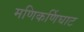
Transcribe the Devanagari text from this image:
मणिकर्णिघाट